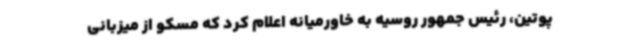
پوتین، رئیس جمهور روسیه به خاورمیانه اعلام کرد که مسکو از میزبانی